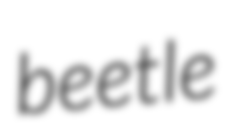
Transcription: beetle